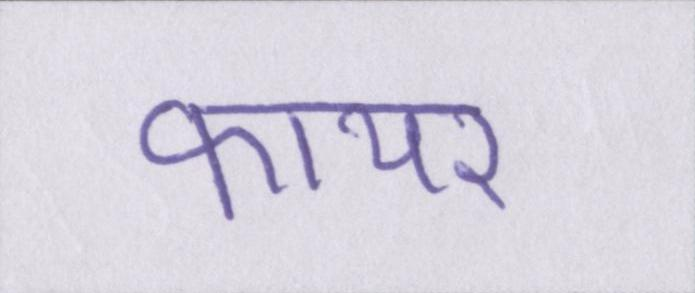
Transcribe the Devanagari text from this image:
फायर